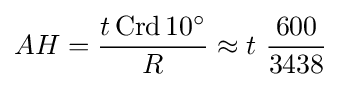
AH={\frac {t\operatorname {Crd} 10^{\circ }}{R}}\approx t\ {\frac {600}{3438}}